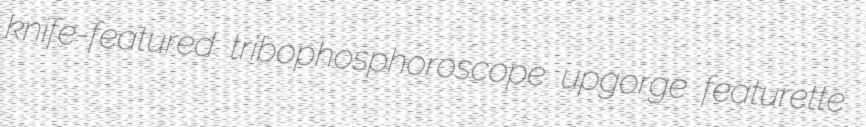
knife-featured tribophosphoroscope upgorge featurette